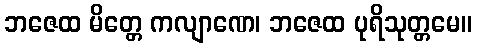
ဘဇေထ မိတ္တေ ကလျာဏေ၊ ဘဇေထ ပုရိသုတ္တမေ။